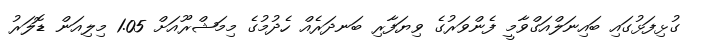
ގުޅިފަޅުގައި ބައިނަލްއަގްވާމީ ފެންވަރުގެ ވިޔަފާރި ބަނދަރެއް ހެދުމުގެ މިމަޝްރޫއަށް 1.05 މިލިއަން ޑޮލަރު